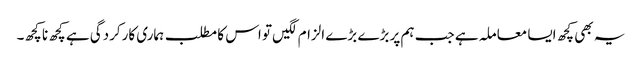
یہ بھی کچھ ایسا معاملہ ہے جب ہم پر بڑے بڑے الزام لگیں تو اس کا مطلب ہماری کارکردگی ہے کچھ نا کچھ۔